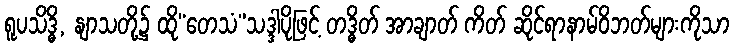
ရူပသိဒ္ဓိ, နျာသတို့၌ ထို“တေသံ”သဒ္ဒါပိုဖြင့် တဒ္ဓိတ် အာချာတ် ကိတ် ဆိုင်ရာနာမ်ဝိဘတ်များကိုသာ